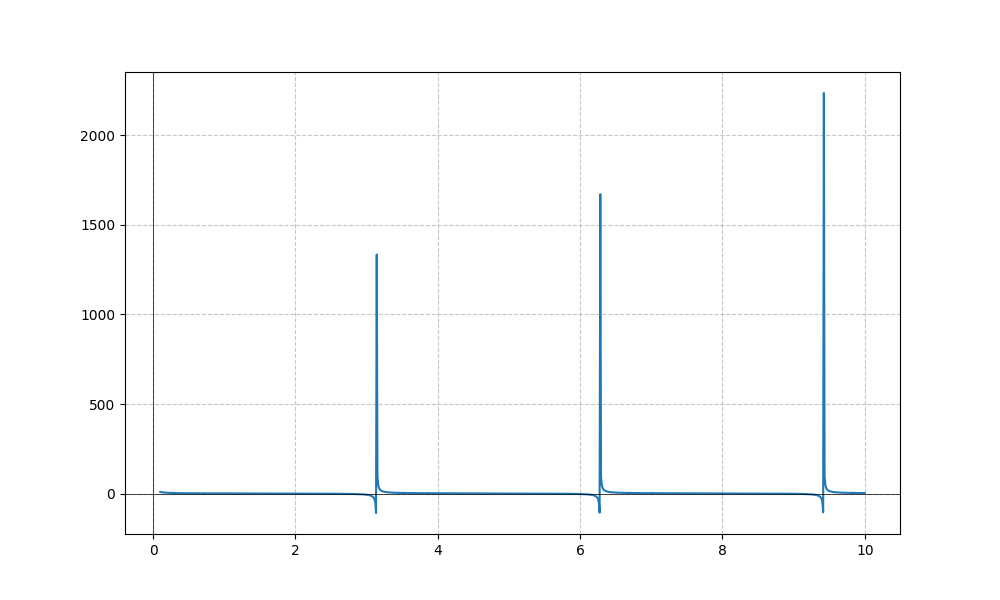
LaTeX formula: \frac{\log{\left(x \right)}}{\log{\left(10 \right)}} + \cot{\left(x \right)}